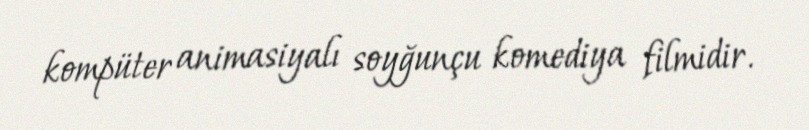
kompüter animasiyalı soyğunçu komediya filmidir.